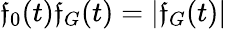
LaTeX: \mathfrak{f}_{0}(t)\mathfrak{f}_{G}(t)=|\mathfrak{f}_{G}(t)|